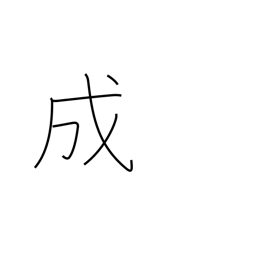
Meaning: grow